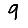
Digit: 9